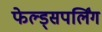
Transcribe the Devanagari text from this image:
फेल्ड्सपर्लिंग